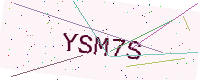
Text: YSM7S